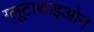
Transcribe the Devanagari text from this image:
ग्लूटाथाइओन